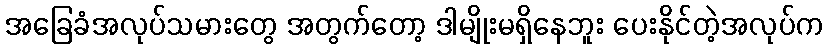
အခြေခံအလုပ်သမားတွေ အတွက်တော့ ဒါမျိုးမရှိနေဘူး ပေးနိုင်တဲ့အလုပ်က